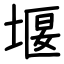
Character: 堰